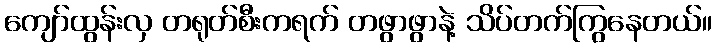
ကျော်ထွန်းလှ တရုတ်စီးကရက် တဖွာဖွာနဲ့ သိပ်တက်ကြွနေတယ်။